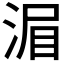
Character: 𣷍